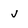
Character: j